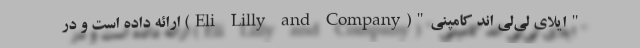
"ایلای لی‌لی اند کامپنی"(Eli Lilly and Company) ارائه داده است و در